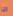
انا